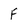
Character: F